Vaccination Hyderabad 1872-1889 - 1872-1889
Year: 1872
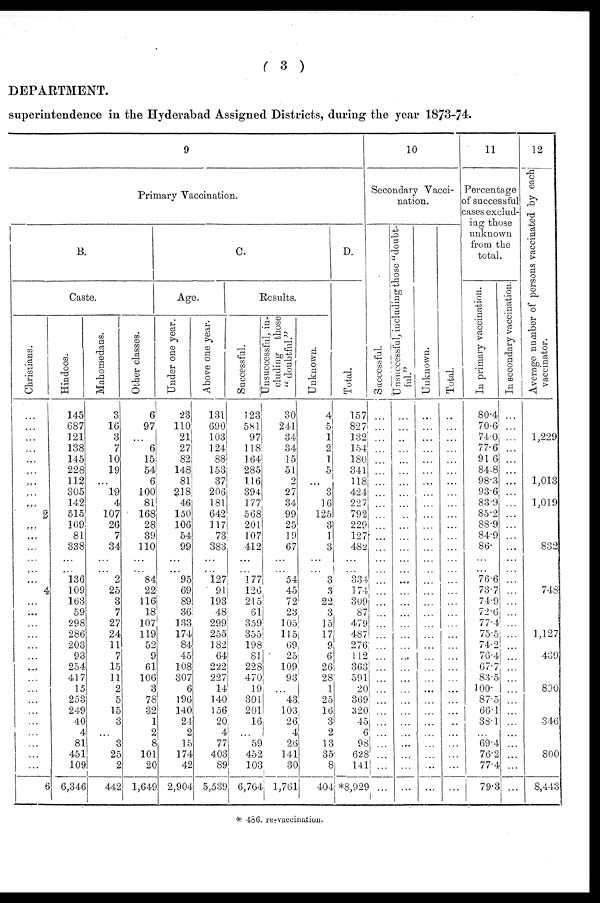
( 3 )
DEPARTMENT.
superintendence in the Hyderabad Assigned Districts, during the year 1873-74.
9
Primary Vaccination.
B.
Caste.
Christians.
...
...
...
...
...
...
...
...
...
2
...
...
...
...
...
...
4
...
...
...
...
...
...
...
...
...
...
...
...
...
...
...
...
6
Hindoos.
145
687
121
138
145
228
112
305
142
515
169
81
338
...
...
136
109
163
59
298
286
203
93
254
417
15
253
249
40
4
81
451
109
6,346
Mahomedans.
3
16
3
7
10
19
...
19
4
107
26
7
34
...
...
2
25
3
7
27
24
11
7
15
11
2
5
15
3
...
3
25
2
442
Other classes.
6
97
...
6
15
54
6
100
81
168
28
39
110
...
...
84
22
116
18
107
119
52
9
61
106
3
78
32
1
2
8
101
20
1,649
C.
Age.
Under one year.
23
110
21
27
82
148
81
218
46
150
106
54
99
...
...
95
69
89
36
133
174
84
45
108
307
6
196
140
24
2
15
174
42
2,904
Above one year.
131
690
103
124
88
153
37
206
181
642
117
73
383
...
...
127
91
193
48
299
255
182
64
222
227
14
140
156
20
4
77
403
89
5,539
Results.
Successful.
123
581
97
118
164
285
116
394
177
568
201
107
412
...
...
177
126
215
61
359
355
198
81
228
470
19
301
201
16
...
59
452
103
6,764
Unsuccessful, in¬
cluding those
"doubtful."
30
241
34
34
15
51
2
27
34
99
25
19
67
...
...
54
45
72
23
105
115
69
25
109
93
...
43
103
26
4
26
141
30
1,761
Unknown.
4
5
1
2
1
5
...
3
16
125
3
1
3
...
...
3
3
22
3
15
17
9
6
26
28
1
25
16
3
2
13
35
8
404
D.
Total.
157
827
132
154
180
341
118
424
227
792
229
127
482
...
...
334
174
309
87
479
487
276
112
363
591
20
369
320
45
6
98
628
141
*8,929
10
Secondary Vacci-
nation.
Successful.
...
...
...
...
...
...
...
...
...
...
...
...
...
...
...
...
...
...
...
...
...
...
...
...
...
...
...
...
...
...
...
...
...
...
Unsuccessful, including those "doubt-
ful."
...
...
...
...
...
...
...
...
...
...
...
...
...
...
...
...
...
...
...
...
...
...
...
...
...
...
...
...
...
...
...
...
...
...
Unknown.
...
...
...
...
...
...
...
...
...
...
...
...
...
...
...
...
...
...
...
...
...
...
...
...
...
...
...
...
...
...
...
...
...
...
Total.
...
...
...
...
...
...
...
...
...
...
...
...
...
...
...
...
...
...
...
...
...
...
...
...
...
...
...
...
...
...
...
...
...
...
11
Percentage
of successful
cases exclud-
ing those
unknown
from the
total.
In primary vaccination.
80.4
70.6
74.0
77.6
91.6
84.8
98.3
93.6
83.9
85.2
88.9
84.9
86.
...
...
76.6
73.7
74.9
72.6
77.4
75.5
74.2
76.4
67.7
83.5
100.
87.5
66.1
38.1
...
69.4
76.2
77.4
79.3
In secondary vaccination.
...
...
...
...
...
...
...
...
...
...
...
...
...
...
...
...
...
...
...
...
...
...
...
...
...
...
...
...
...
...
...
...
...
...
12
Average number of persons vaccinated by each
vaccinator.
1,229
1,013
1,019
832
748
1,127
439
890
346
800
8,443
* 486. re-vaccination.